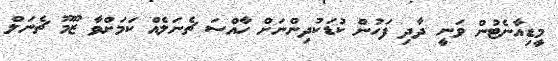
މީޑިއާނެޓުން ވަނީ ދާދި ފަހުން ކުޑަކުދިންނަށް ހާއްސަ ޗެނަލެއް ކަމަށްވާ ޒޫމޫ ޗެނަލް